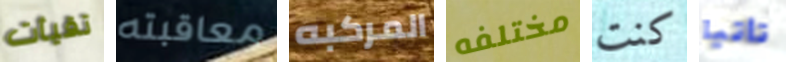
تقيأت معاقبته المركبه مختلفه كنت تأتيا